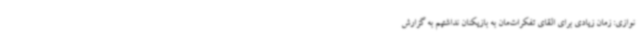
نوازی: زمان زیادی برای القای تفکرات‌مان به بازیکنان نداشتیم به گزارش